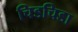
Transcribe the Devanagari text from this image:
चिडचिडा